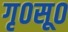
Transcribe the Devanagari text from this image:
गृ०सू०